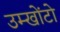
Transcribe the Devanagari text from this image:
उम्खोंटो